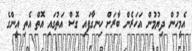
އެމީހުން ދިޔުމުން އަހަރެން ބާރަށް ހިނގާފައި ގޮސް އަތުގައި އޮތް އެތި އީންގެ